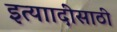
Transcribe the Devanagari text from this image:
इत्याादींसाठी